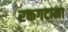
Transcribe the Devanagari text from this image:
रक्तगटाना